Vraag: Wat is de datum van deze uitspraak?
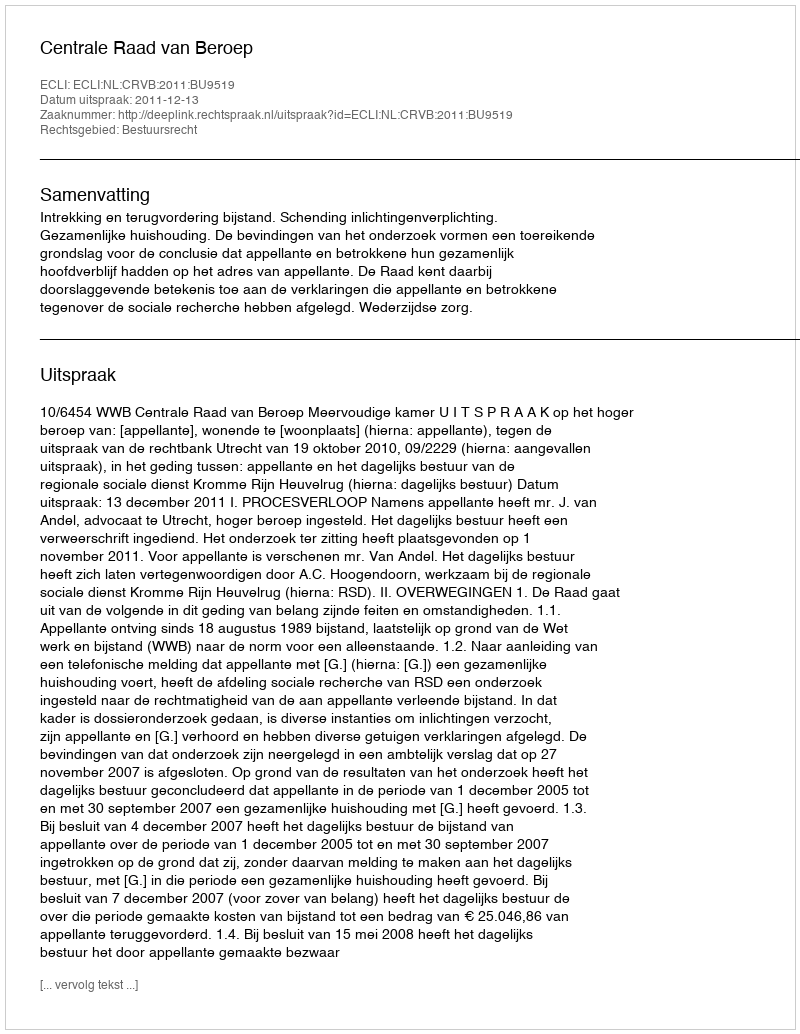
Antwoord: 2011-12-13